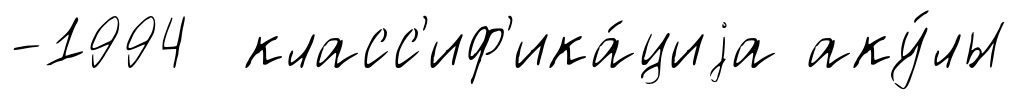
-1994 класс'иф'ика́циjа аку́лы